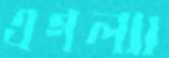
এগল্যা